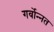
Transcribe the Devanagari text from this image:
गर्वोन्‍नत